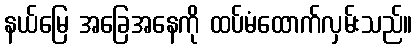
နယ်မြေ အခြေအနေကို ထပ်မံထောက်လှမ်းသည်။